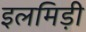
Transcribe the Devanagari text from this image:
इलमिड़ी